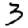
Digit: 3